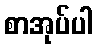
စာအုပ်ပါ